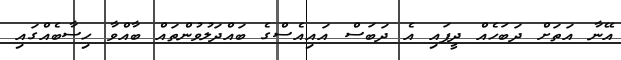
އޭނާ އަތަށް ދަބަހެއް ދީފައި އެ ދަބަސް އައިއެސްގެ ބައްދަލުވުންތައް ބާއްވާ ހިސާބެއްގައި